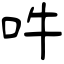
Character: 吽